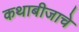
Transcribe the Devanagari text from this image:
कथाबीजाचे